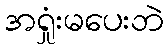
အရှုံးမပေးဘဲ